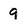
Character: 9